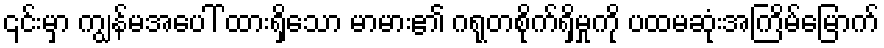
၎င်းမှာ ကျွန်မအပေါ် ထားရှိသော မာမား၏ ဂရုတစိုက်ရှိမှုကို ပထမဆုံးအကြိမ်မြောက်